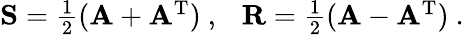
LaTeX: \begin{array}{r}{{\mathbf{S}}=\frac{1}{2}({\mathbf{A}}+{\mathbf{A}}^{\mathrm{T}})\ ,\ \ \ {\mathbf{R}}=\frac{1}{2}({\mathbf{A}}-{\mathbf{A}}^{\mathrm{T}})\ .}\end{array}